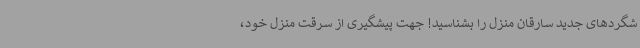
شگردهای جدید سارقان منزل را بشناسید! جهت پیشگیری از سرقت منزل خود،